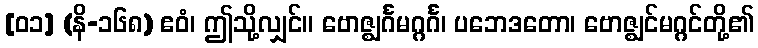
[၀၁] (နိ-၁၆၈) ဧဝံ၊ ဤသို့လျှင်။ ဗောဇ္ဈင်္ဂမဂ္ဂင်္ဂ၊ ပဘေဒတော၊ ဗောဇ္ဈင်မဂ္ဂင်တို့၏